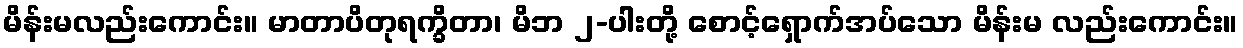
မိန်းမလည်းကောင်း။ မာတာပိတုရက္ခိတာ၊ မိဘ ၂-ပါးတို့ စောင့်ရှောက်အပ်သော မိန်းမ လည်းကောင်း။